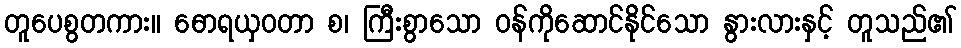
တူပေစွတကား။ ဓောရယှဝတာ စ၊ ကြီးစွာသော ဝန်ကိုဆောင်နိုင်သော နွားလားနှင့် တူသည်၏